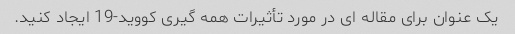
یک عنوان برای مقاله ای در مورد تأثیرات همه گیری کووید-19 ایجاد کنید.